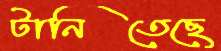
টানিতেছে